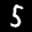
Label: 5